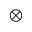
\otimes